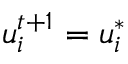
{ \boldsymbol { u } } _ { i } ^ { t + 1 } = { \boldsymbol { u } } _ { i } ^ { * }